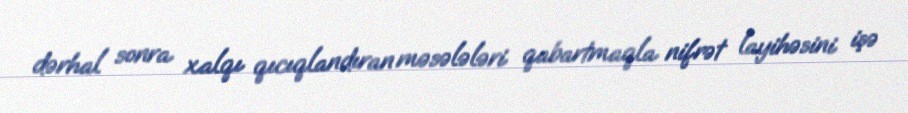
dərhal sonra xalqı qıcıqlandıran məsələləri qabartmaqla nifrət layihəsini işə